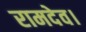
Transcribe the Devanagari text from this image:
रामदेव।